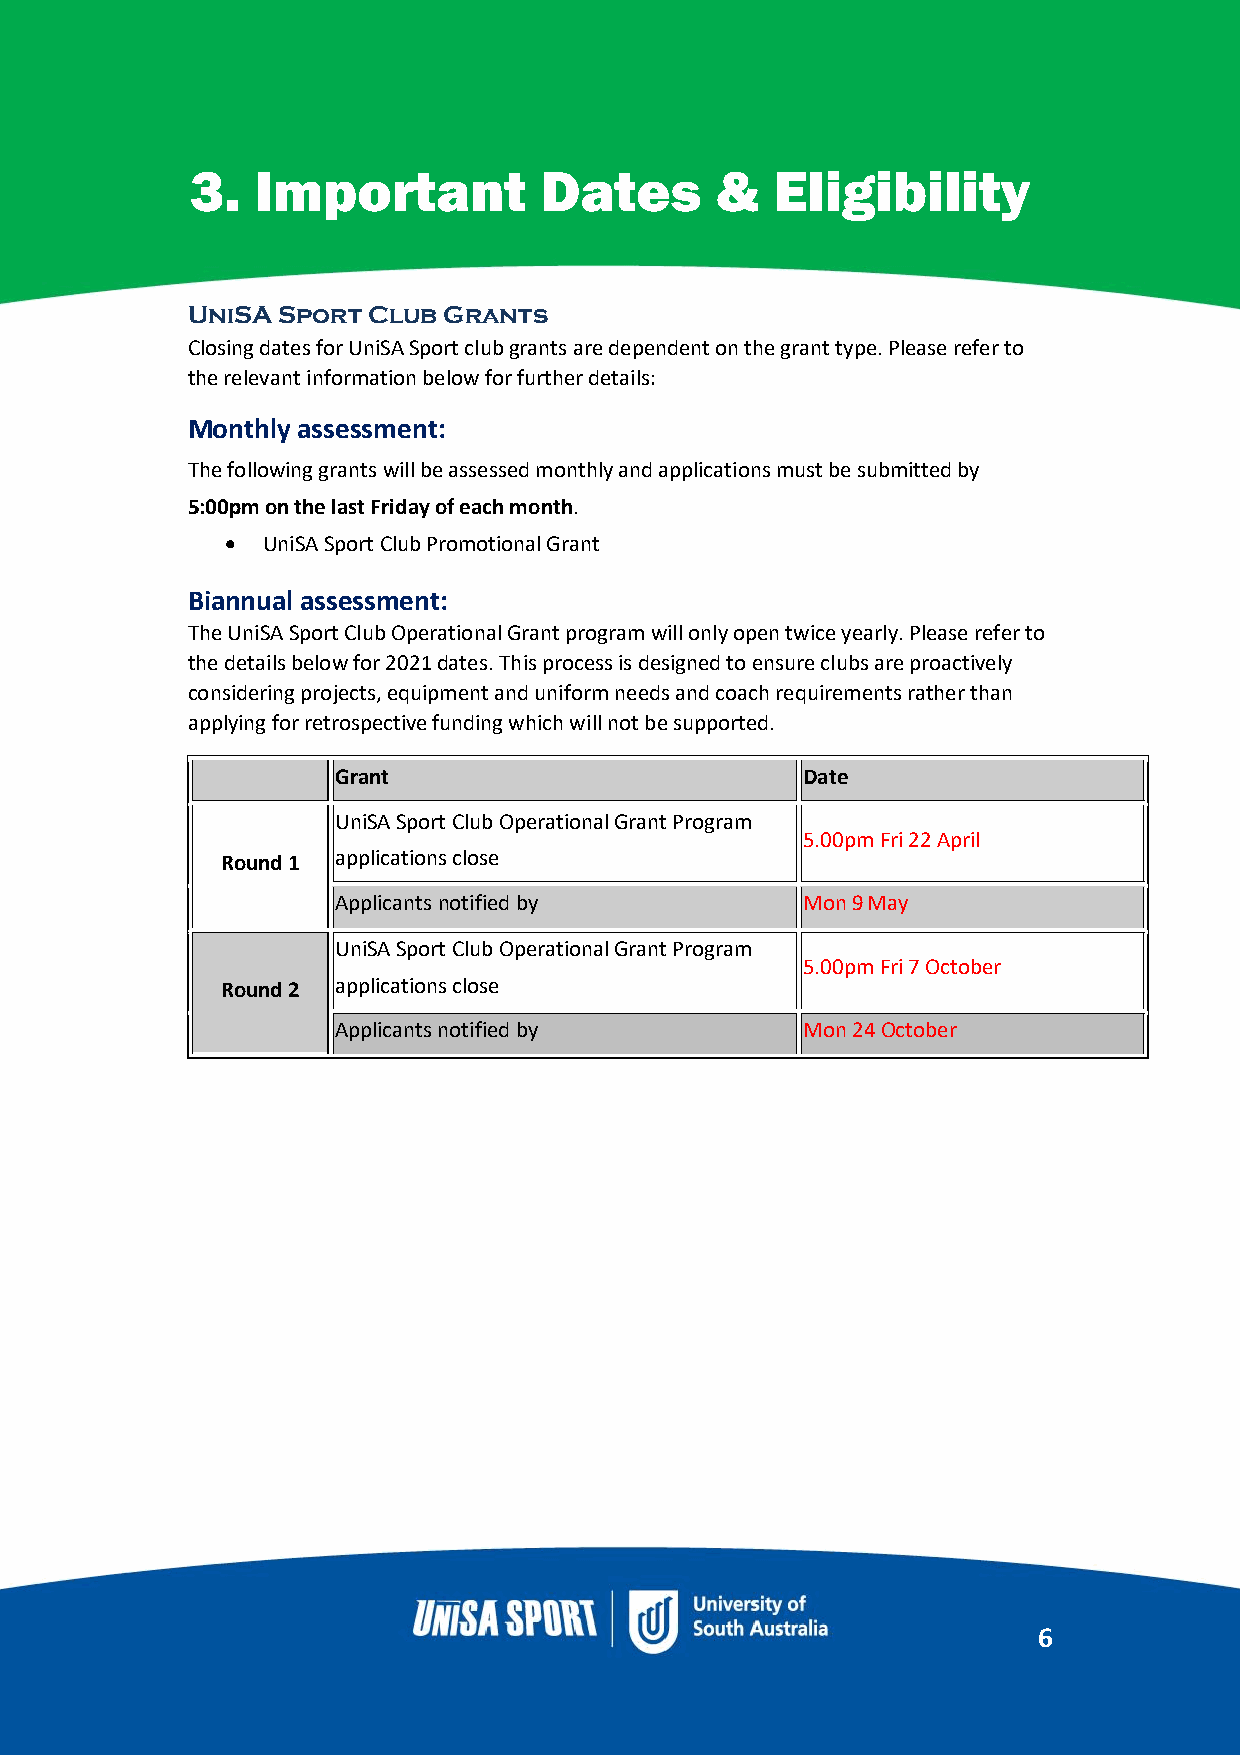
3.  Important          Dates      &   Eligibility
 UniSA Sport Club Grants
 C losing dates for UniSA Sport club grants are dependent on the grant type. Please refer to
 the relevant information below for further details:
 4.  How      to  Apply3.        Important
 Monthly assessment:
 TDhe faollotweing gsran t&s wil l bEe alssiesgsedi mbonithllyi atndy ap pl ications must be submitted by
 5:00pm on the last Friday of each month.
 • UniSA Sport Club Promotional Grant
 Biannual assessment:
 The UniSA Sport Club Operational Grant program will only open twice yearly. Please refer to
 the details below for 2021 dates. This process is designed to ensure clubs are proactively
 considering projects, equipment and uniform needs and coach requirements rather than
 applying for retrospective funding which will not be supported.
 Grant                          Date
 UniSA Sport Club Operational Grant Program
 5.00pm Fri 22 April
 Round 1 applications close
 Applicants notified by         Mon 9 May
 UniSA Sport Club Operational Grant Program
 5.00pm Fri 7 October
 Round 2 applications close
 Applicants notified by         Mon 24 October
 6